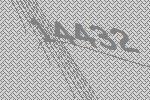
14432